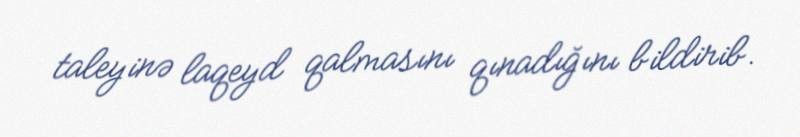
taleyinə laqeyd qalmasını qınadığını bildirib.